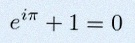
e^{i\pi}+1=0